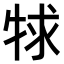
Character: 𤙠